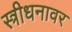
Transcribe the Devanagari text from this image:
स्त्रीधनावर